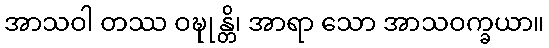
အာသဝါ တဿ ဝဍ္ဎုန္တိ၊ အာရာ သော အာသဝက္ခယာ။